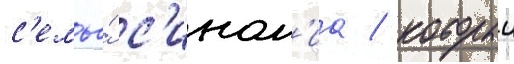
с'емье́ с'ином'иа / которыи